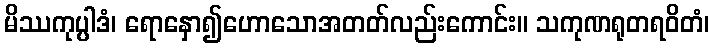
မိဿကုပ္ပါဒံ၊ ရောနှော၍ဟောသောအတတ်လည်းကောင်း။ သကုဏရုတရဝိတံ၊